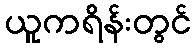
ယူကရိန်းတွင်